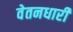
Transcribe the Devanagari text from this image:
वेतनधारी